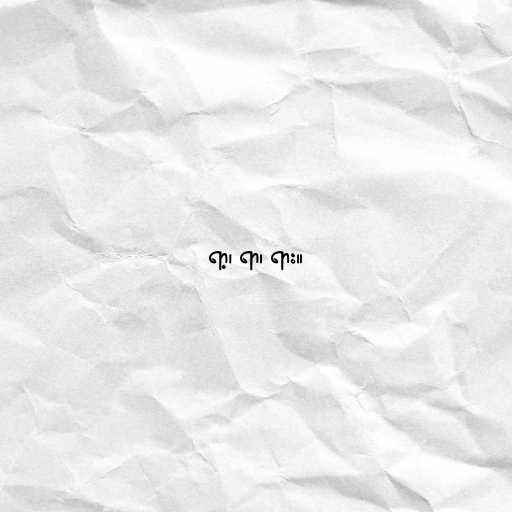
ရာ့၊ ရာ၊ ရား။